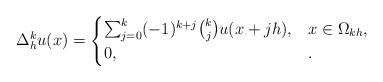
LaTeX: \begin{align*} \Delta^{k}_{h} u(x) = \begin{cases} \sum_{j=0}^{k} (-1)^{k+j} \binom{k}{j} u(x+jh) , & x \in \Omega_{kh}, \\0, \qquad&.\end{cases}\end{align*}